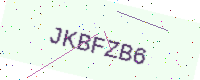
Text: JKBFZB6